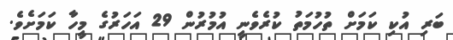
ބަރި އުކި ކަމަށް ތުހުމަތު ކުރެވެނީ އުމުރުން 29 އަހަރުގެ މީހާ ކަމަށެވެ.